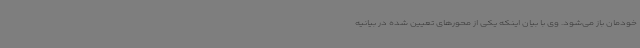
خودمان باز می‌شود. وی با بیان اینکه یکی از محورهای تعیین شده در بیانیه